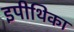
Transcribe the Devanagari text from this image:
इपीथिका